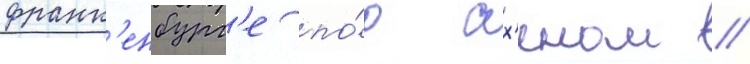
франк'енбург'е по́д ах'еном //